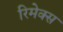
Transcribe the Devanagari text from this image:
रिमेक्स